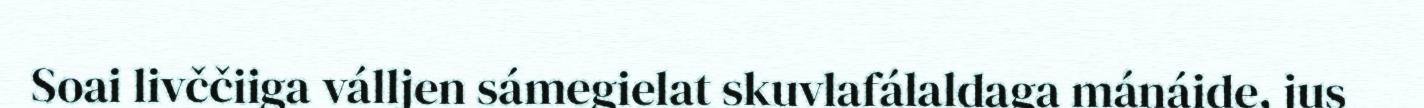
Soai livččiiga válljen sámegielat skuvlafálaldaga mánáide, jus